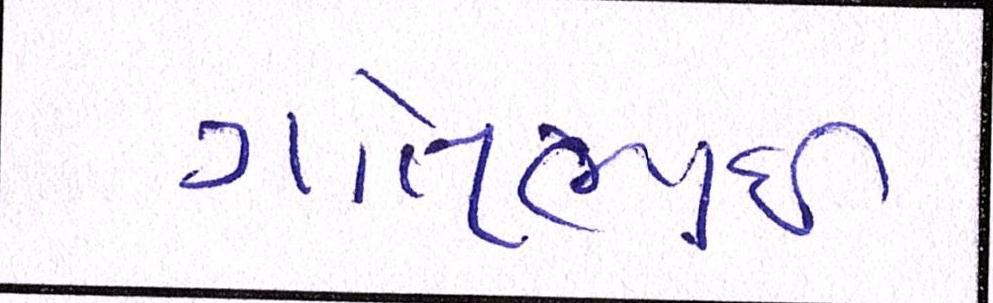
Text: ગોતાભાઈ